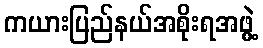
ကယားပြည်နယ်အစိုးရအဖွဲ့